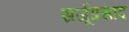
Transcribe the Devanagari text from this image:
सर्जूप्रसाद